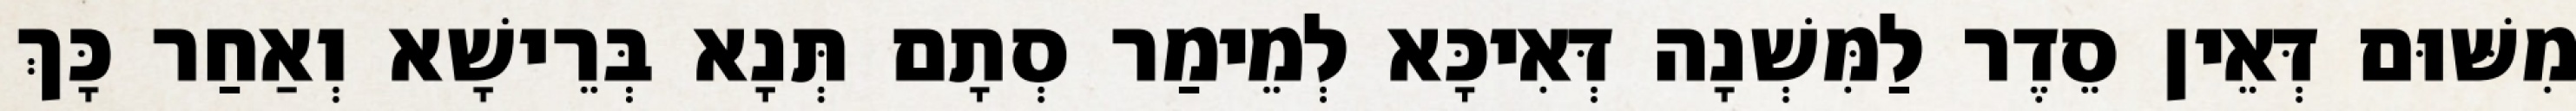
מִשּׁוּם דְּאֵין סֵדֶר לַמִּשְׁנָה דְּאִיכָּא לְמֵימַר סְתָם תְּנָא בְּרֵישָׁא וְאַחַר כָּךְ